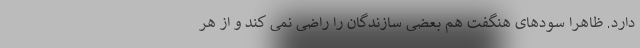
دارد. ظاهرا سودهای هنگفت هم بعضی سازندگان را راضی نمی کند و از هر